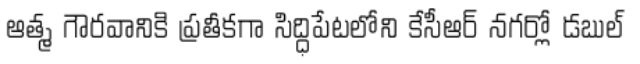
ఆత్మ గౌరవానికి ప్రతీకగా సిద్ధిపేటలోని కేసీఆర్ నగర్లో డబుల్